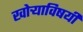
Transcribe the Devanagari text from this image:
खोर्‍याविषयी